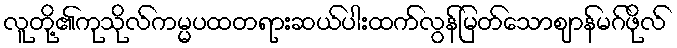
လူတို့၏ကုသိုလ်ကမ္မပထတရားဆယ်ပါးထက်လွန်မြတ်သောဈာန်မဂ်ဖိုလ်